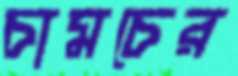
চামচের